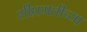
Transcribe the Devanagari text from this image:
शीघ्रगतीच्या